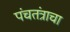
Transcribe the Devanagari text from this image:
पंचतंत्राचा